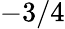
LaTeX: -3/4